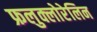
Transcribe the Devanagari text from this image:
फ्रलुक्लोरेलिन